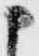
申